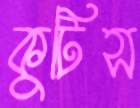
কুটিস